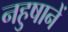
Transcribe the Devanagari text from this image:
नहुषानें